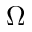
\Omega